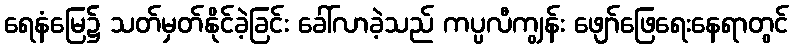
ရေနံမြေ၌ သတ်မှတ်နိုင်ခဲ့ခြင်း ခေါ်လာခဲ့သည် ကပ္ပလီကျွန်း ဖျော်ဖြေရေးနေရာတွင်